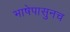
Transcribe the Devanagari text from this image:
भाषेपासुनच